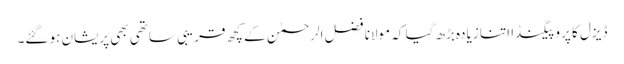
ڈیزل کا پروپیگنڈا اتنا زیادہ بڑھ گیا کہ مولانا فضل الرحمٰن کے کچھ قریبی ساتھی بھی پریشان ہو گئے۔